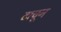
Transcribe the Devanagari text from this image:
टाचून